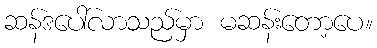
ဆန်ဒပေါ်လာသည်မှာ မဆန်းတော့ပေ။